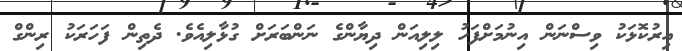
އިރުކޮޅަކު ވިސްނަން އިނުމަށްފަހު ލިލިއަން ދިޔާންގެ ނަންބަރަށް ގުޅާލިއެވެ. ދެތިން ފަހަރަކު ރިންގް